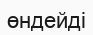
өндейді